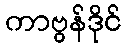
ကာဗွန်ဒိုင်